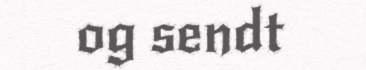
og sendt